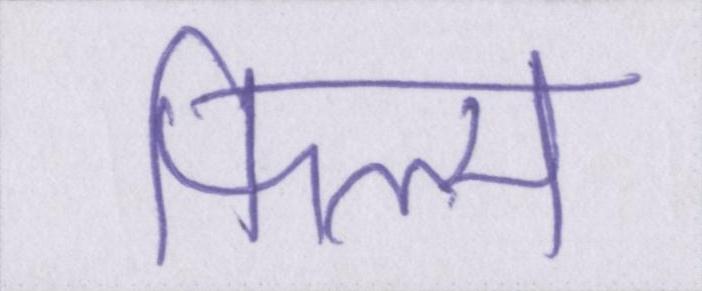
फिल्म